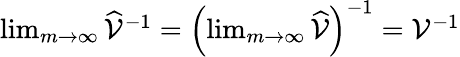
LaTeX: \begin{array}{r}{\operatorname*{lim}_{m\rightarrow\infty}\widehat{\mathcal{V}}^{-1}=\left(\operatorname*{lim}_{m\rightarrow\infty}\widehat{\mathcal{V}}\right)^{-1}=\mathcal{V}^{-1}}\end{array}